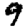
Digit: 9